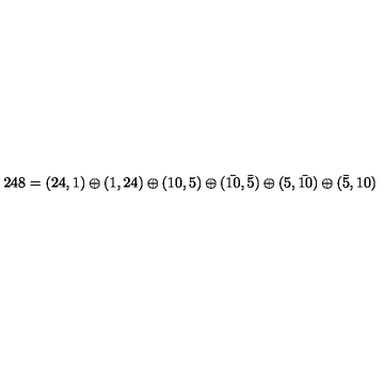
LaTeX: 2 4 8 = ( 2 4 , 1 ) \oplus ( 1 , 2 4 ) \oplus ( 1 0 , 5 ) \oplus ( \bar { 1 0 } , \bar { 5 } ) \oplus ( 5 , \bar { 1 0 } ) \oplus ( \bar { 5 } , 1 0 )